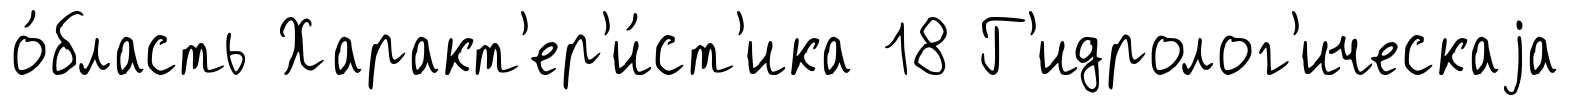
о́бласть Характ'ер'и́ст'ика 18 Г'идролог'ическаjа